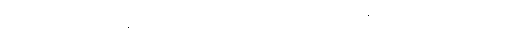
အောင်မျိုးသန့်က နန်နိုဒြပ်ပစ္စည်း နည်းလမ်းရှိလိမ့်မည် တံတွေးဆွတ်လိုက်ပြီး ကြည့်နေခြင်း